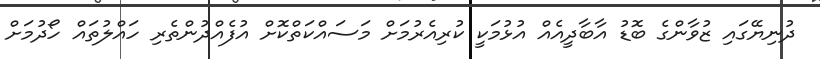
ދުނިޔޭގައި ޒުވާންގެ ބޮޑު އާބާދީއެއް އުޅުމަކީ ކުރިއެރުމަށް މަސައްކަތްކޮށް އުފެއްދުންތެރި ހައްލުތައް ހޯދުމަށް